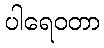
ပါရေဝတာ